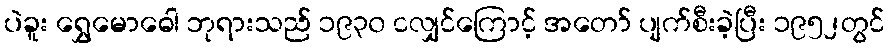
ပဲခူး ရွှေမောဓေါ ဘုရားသည် ၁၉၃၀ ငလျှင်ကြောင့် အတော် ပျက်စီးခဲ့ပြီး ၁၉၅၂တွင်